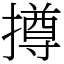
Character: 撙